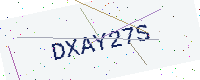
Text: DXAY27S